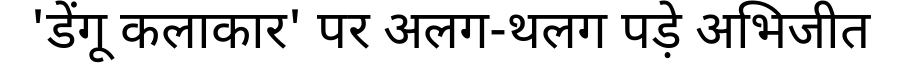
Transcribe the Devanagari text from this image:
'डेंगू कलाकार' पर अलग-थलग पड़े अभिजीत